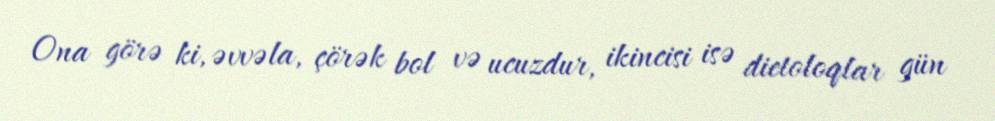
Ona görə ki, əvvəla, çörək bol və ucuzdur, ikincisi isə dietoloqlar gün